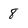
Character: 8